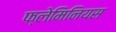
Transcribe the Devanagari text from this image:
फ्लेमिनियस